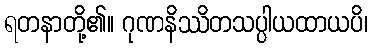
ရတနာတို့၏။ ဂုဏနိဿိတသပ္ပါယထာယပိ၊